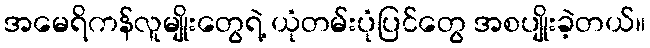
အမေရိကန်လူမျိုးတွေရဲ့ ယုံတမ်းပုံပြင်တွေ အစပျိုးခဲ့တယ်။